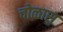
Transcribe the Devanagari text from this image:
चोळास